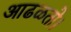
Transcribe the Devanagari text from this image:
आढळतो।